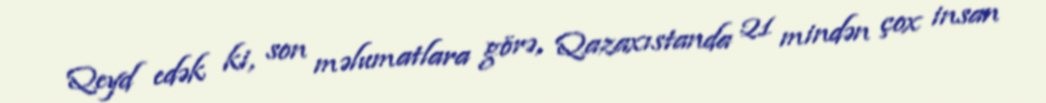
Qeyd edək ki, son məlumatlara görə, Qazaxıstanda 21 mindən çox insan